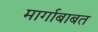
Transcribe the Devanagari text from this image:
मार्गाबाबत